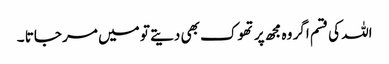
اللہ کی قسم اگر وہ مجھ پر تھوک بھی دیتے تو میں مر جاتا ۔